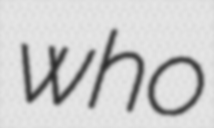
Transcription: who